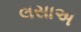
લસાઅ